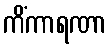
ကိံကာရဏာ